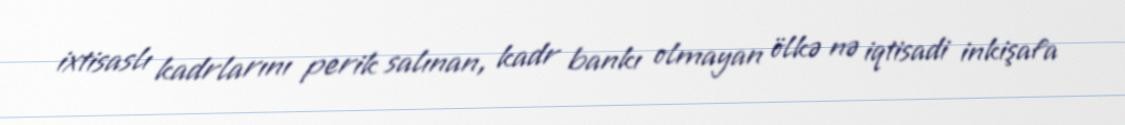
ixtisaslı kadrlarını perik salınan, kadr bankı olmayan ölkə nə iqtisadi inkişafa